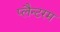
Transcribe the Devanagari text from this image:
प्लैन्टरम